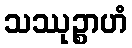
သဿုဉ္စာဟံ